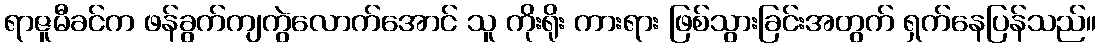
ရာဇူမီခင်က ဖန်ခွက်ကျကွဲလောက်အောင် သူ ကိုးရိုး ကားရား ဖြစ်သွားခြင်းအတွက် ရှက်နေပြန်သည်။